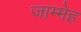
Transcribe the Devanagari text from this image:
जाम्मेह